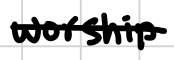
Text: worship
Cross-out: single-line
Writing tool: digital_black